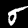
Digit: 5